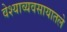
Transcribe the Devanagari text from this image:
वेश्याव्यवसायातले